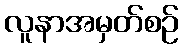
လူနာအမှတ်စဉ်